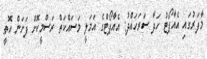
މާފަރުގައި އެއާޕޯޓު ހަދާ ސަރަހައްދު: އެއާޕޯޓްގެ އަމަލީ މަސައްކަތް ރަސްމީކޮށް ފަށަން އޮތީ